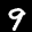
Label: 9